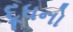
દૂધનો